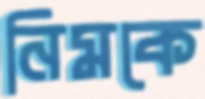
নিমকে